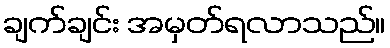
ချက်ချင်း အမှတ်ရလာသည်။